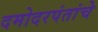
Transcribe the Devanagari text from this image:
दमोदरपंतांचे